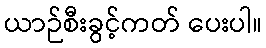
ယာဉ်စီးခွင့်ကတ် ပေးပါ။